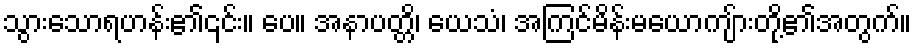
သွားသောရဟန်း၏၎င်း။ ပေ။ အနာပတ္တိ၊ ယေသံ၊ အကြင်မိန်းမယောကျ်ားတို့၏အတွက်။